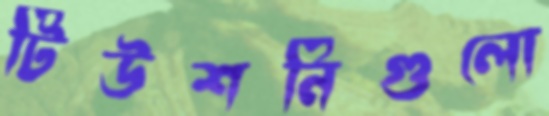
টিউশনিগুলো